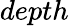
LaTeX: depth